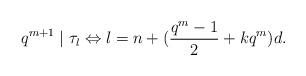
LaTeX: \begin{align*}q^{m+1}\mid \tau_l \Leftrightarrow l = n + (\frac{q^m-1}{2}+kq^m) d.\end{align*}